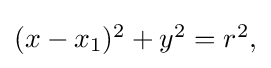
{\textstyle (x-x_{1})^{2}+y^{2}=r^{2},}